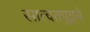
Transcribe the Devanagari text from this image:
सात्वतपुङ्गवे